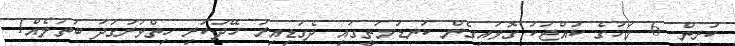
ކުރިން. 6 މަހުގެ ކުއްޖަކު ގޮވައިގެން ކަނޑުމަތީގައި ދެގަޑިއިރު ހޭދަކުރި ހިތްވަރުގަދަ ބަތަލެއް1